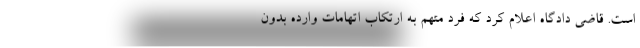
است. قاضی دادگاه اعلام کرد که فرد متهم به ارتکاب اتهامات وارده بدون